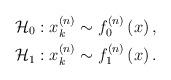
LaTeX: \begin{align*} {{\cal H}_0}: & \; x_{k}^{(n)} \sim {f_0^{(n)}}\left( x \right), \\{} {{\cal H}_1}: & \; x_{k}^{(n)} \sim {f_1^{(n)}}\left( x \right).\end{align*}